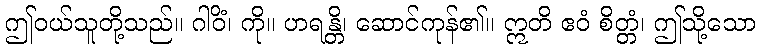
ဤဝယ်သူတို့သည်။ ဂါဝိံ၊ ကို။ ဟရန္တိ၊ ဆောင်ကုန်၏။ ဣတိ ဧဝံ စိတ္တံ၊ ဤသို့သော